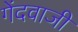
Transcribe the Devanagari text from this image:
गेंदवाजी